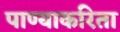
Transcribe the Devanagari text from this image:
पाण्याकरिता